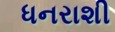
ધનરાશી